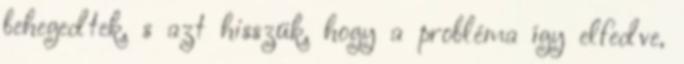
behegedtek, s azt hisszük, hogy a probléma így elfedve,